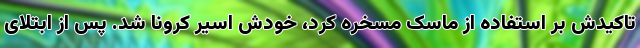
تاکیدش بر استفاده از ماسک مسخره کرد، خودش اسیر کرونا شد. پس از ابتلای